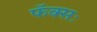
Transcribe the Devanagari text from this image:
फॅक्सः